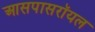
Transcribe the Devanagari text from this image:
आसपासरॉयल